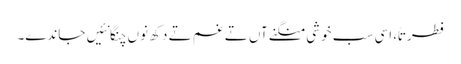
فطرتاً، اسی سب خوشی منگنے آں تے غم تے دکھ نوں چنگا نئیں جاندے۔